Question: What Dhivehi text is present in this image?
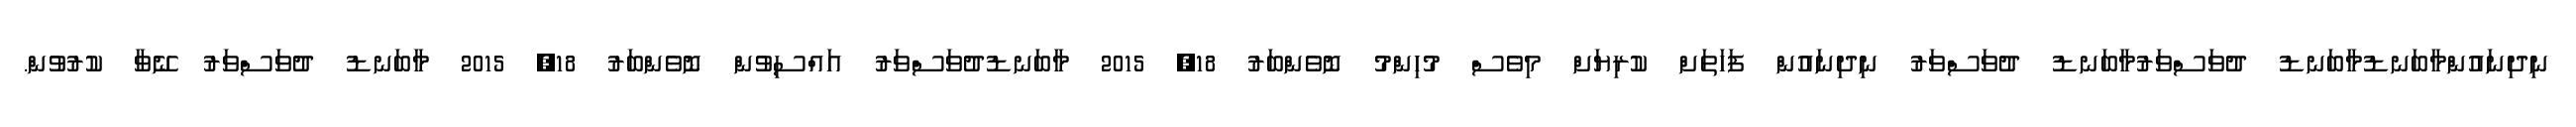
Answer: ނިދިނައުންމާބަނޑުމާބަނޑު ދުވަސްވަރުމާބަނޑު ދުވަސްވަރު ނިދިނައުން ފަހަތަށް ކުރިޔަށް މިވެސް މުހިންމު ނޮވެންބަރު 18, 2015 މާބަނޑުދުވަސްވަރު އައްސިވުން ނޮވެންބަރު 18, 2015 މާބަނޑު ދުވަސްވަރު ނޭވާ ކުރުވުން.